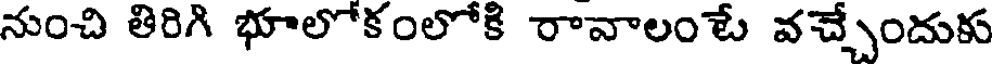
నుంచి తిరిగి భూలోకంలోకి రావాలంటే వచ్చేందుకు